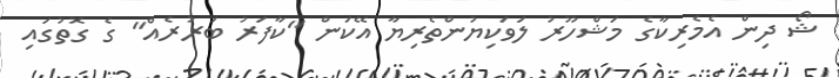
ޝޯ ދިން އެމެރިކާގެ މަޝްހޫރު ލަވަކިޔުންތެރިޔާ އޭކަން "ކާފަރު ބަރުރެއް" ގެ ގޮތުގައި